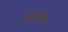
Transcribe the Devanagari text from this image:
कैनोपिस